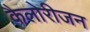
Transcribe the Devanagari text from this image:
कैलोरीजन